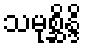
သမုစ္ဆိန္ဒိ